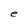
Character: e